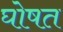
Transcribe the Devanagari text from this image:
घोषत